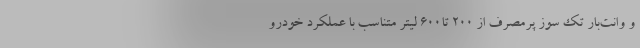
و وانت‌بار تک سوز پرمصرف از ۲۰۰ تا۶۰۰ لیتر متناسب با عملکرد خودرو